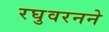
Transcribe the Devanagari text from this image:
रघुवरनने